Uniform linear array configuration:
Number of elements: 64
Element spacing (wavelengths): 0.25
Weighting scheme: cosine
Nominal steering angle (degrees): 60
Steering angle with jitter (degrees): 61.857
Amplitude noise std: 0.05
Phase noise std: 0.05

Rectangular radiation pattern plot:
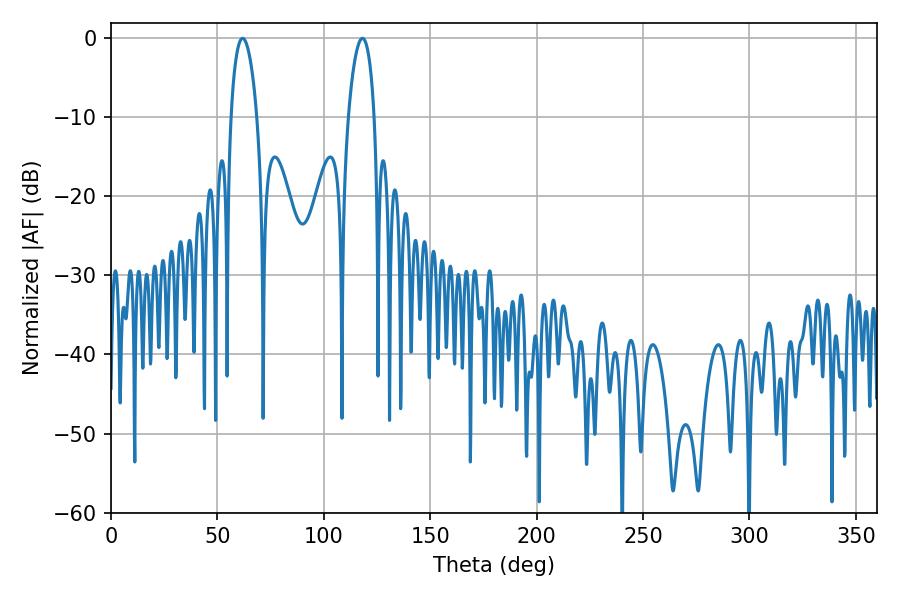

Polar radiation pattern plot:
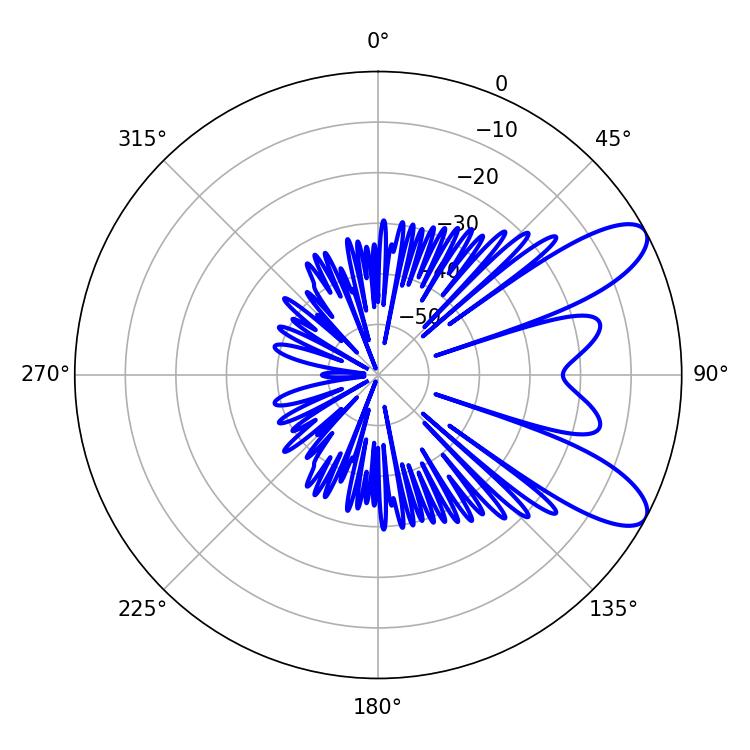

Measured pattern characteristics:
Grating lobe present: FALSE
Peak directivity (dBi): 9.238
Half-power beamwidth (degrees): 6.84
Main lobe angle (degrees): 61.92